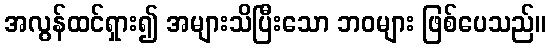
အလွန်ထင်ရှား၍ အများသိပြီးသော ဘဝများ ဖြစ်ပေသည်။